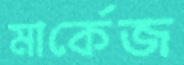
মার্কেজ